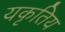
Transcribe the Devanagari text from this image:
यकृतिय